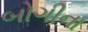
બોગીના